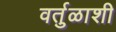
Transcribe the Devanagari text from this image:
वर्तुळाशी